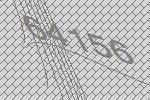
64156